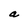
Character: a